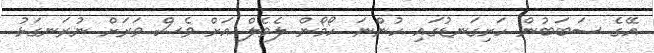
އޭގެ ސަބަބުން ހަށިގަނޑުގައި ހުންނަ ހޯމޯން ލެވެލް އަށް ވެސް ވަރަށް ނުރަނގަޅު